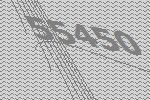
55450